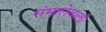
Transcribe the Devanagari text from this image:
संभालेवाली